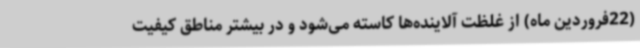
(22فروردین ماه) از غلظت آلاینده‌ها کاسته می‌شود و در بیشتر مناطق کیفیت